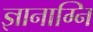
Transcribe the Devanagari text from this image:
ज्ञानाग्नि